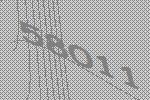
58011